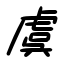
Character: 虞